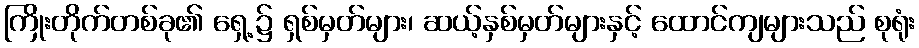
ကြိုးတိုက်တစ်ခု၏ ရှေ့၌ ရှစ်မှတ်များ၊ ဆယ့်နှစ်မှတ်များနှင့် ထောင်ကျများသည် စုရုံး